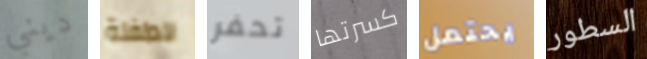
ديني للطفلة تحفر كسرتها يحتمل السطور